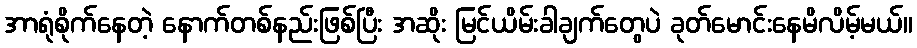
အာရုံစိုက်နေတဲ့ နောက်တစ်နည်းဖြစ်ပြီး အဆိုး မြင်ယိမ်းခါချက်တွေပဲ ခုတ်မောင်းနေမိလိမ့်မယ်။